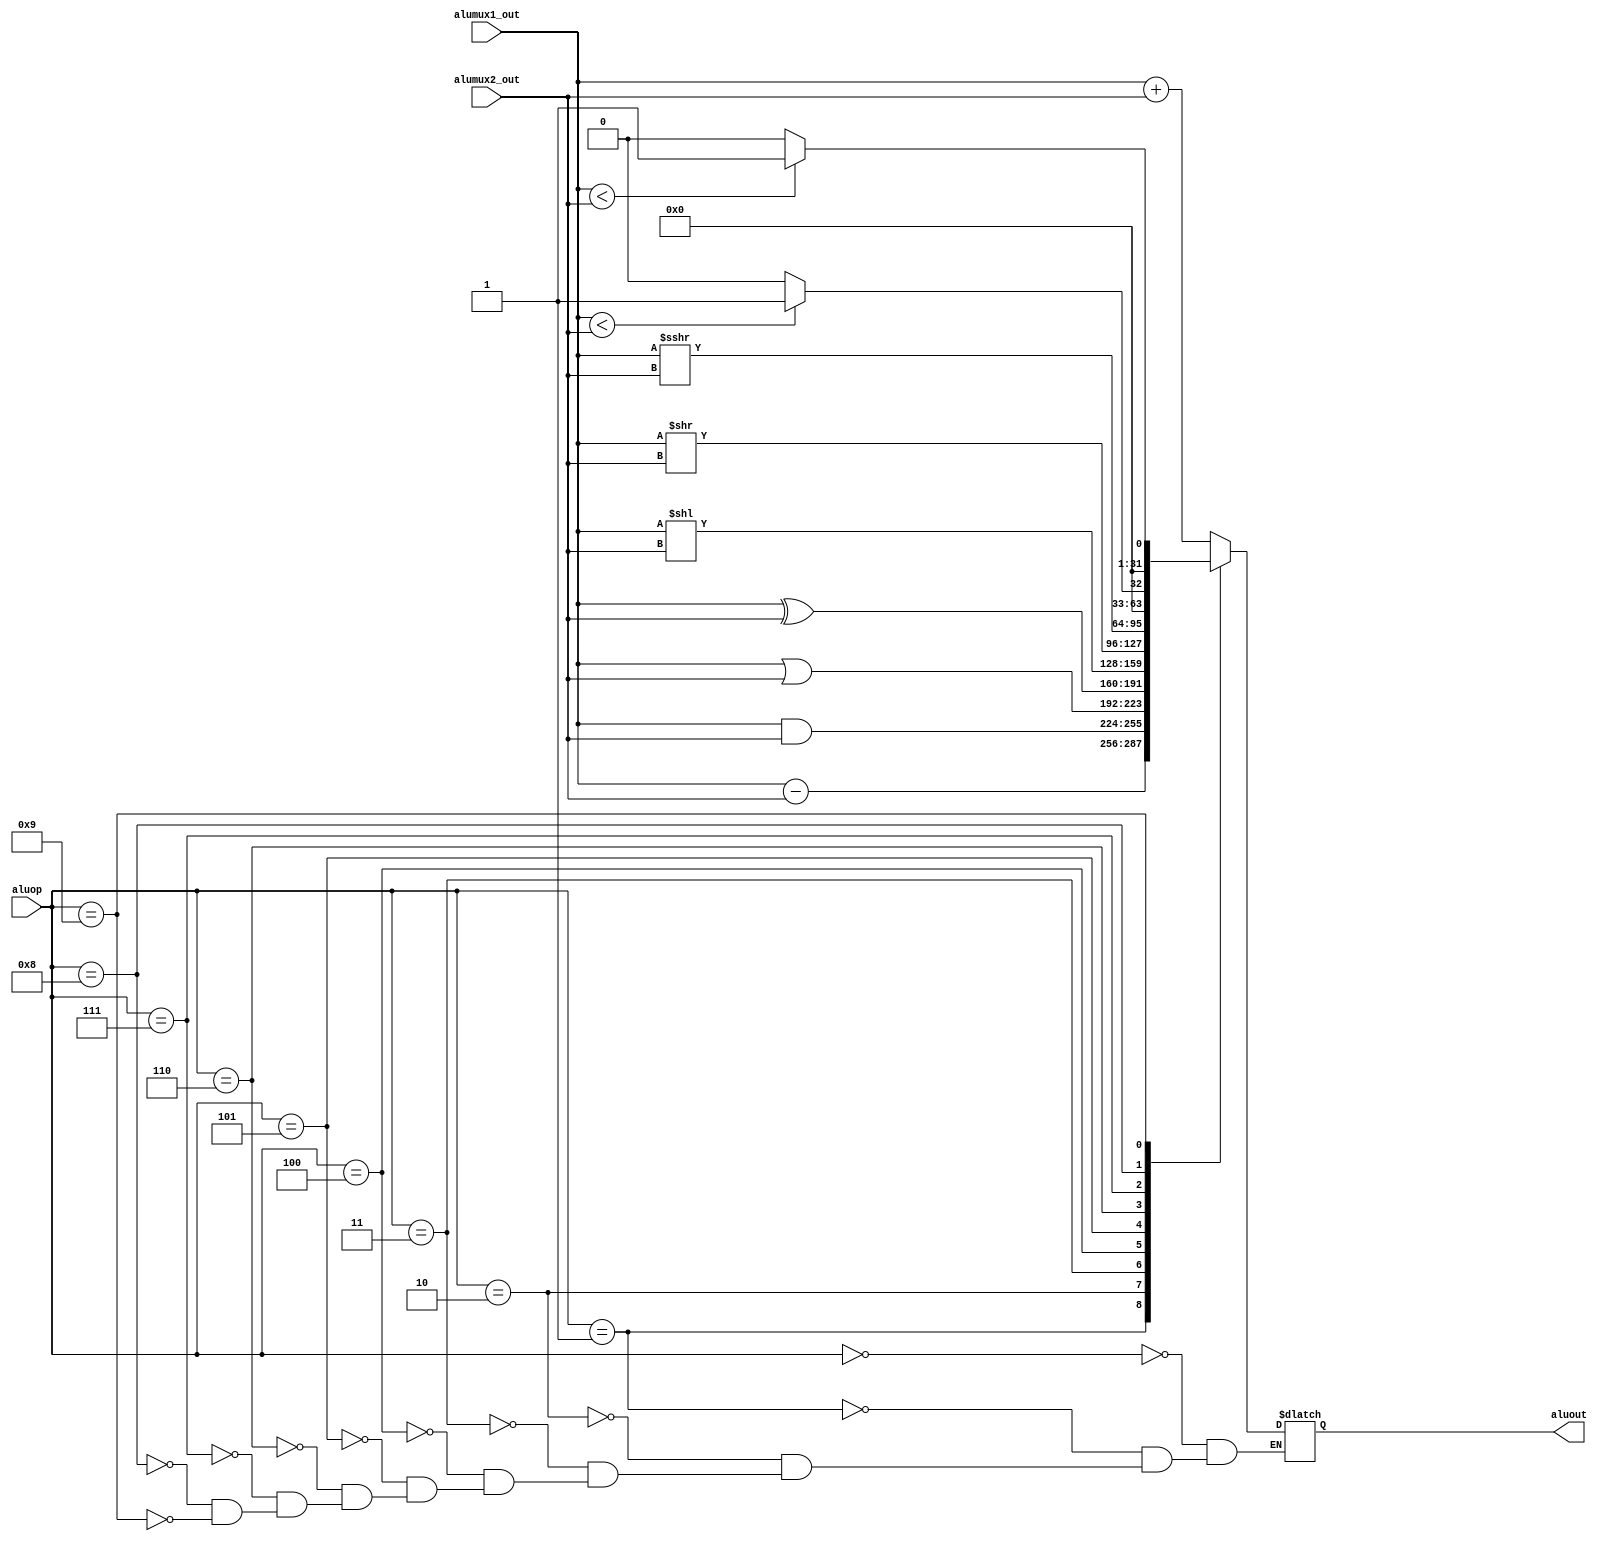
module ALU(alumux1_out, alumux2_out, aluop, aluout);   
    input [31:0] alumux1_out, alumux2_out;
    input [3:0] aluop;

    output reg [31:0] aluout;
    
    always @(*) begin
        case (aluop)
            0:  // ADD
                aluout <= alumux1_out + alumux2_out;

            1:  // SUB
                aluout <= alumux1_out - alumux2_out;

            2:  // AND
                aluout <= alumux1_out & alumux2_out;

            3:  // OR
                aluout <= alumux1_out | alumux2_out;

            4:  // XOR
                aluout <= alumux1_out ^ alumux2_out;

            5:  // SLL: shift left logical
                aluout <= alumux1_out << alumux2_out;

            6:  // SRL: shift right logical
                aluout <= alumux1_out >> alumux2_out;

            7:  // SRA: shift right arithmetic
                aluout <= alumux1_out >>> alumux2_out;

            8:  // SLT: signed comparation
                aluout = ($signed(alumux1_out) < $signed(alumux2_out))? 1 : 0; 

            9:  // SLTU: unsigned comparation 
                aluout = (alumux1_out < alumux2_out)? 1 : 0;
        endcase
    end
endmodule